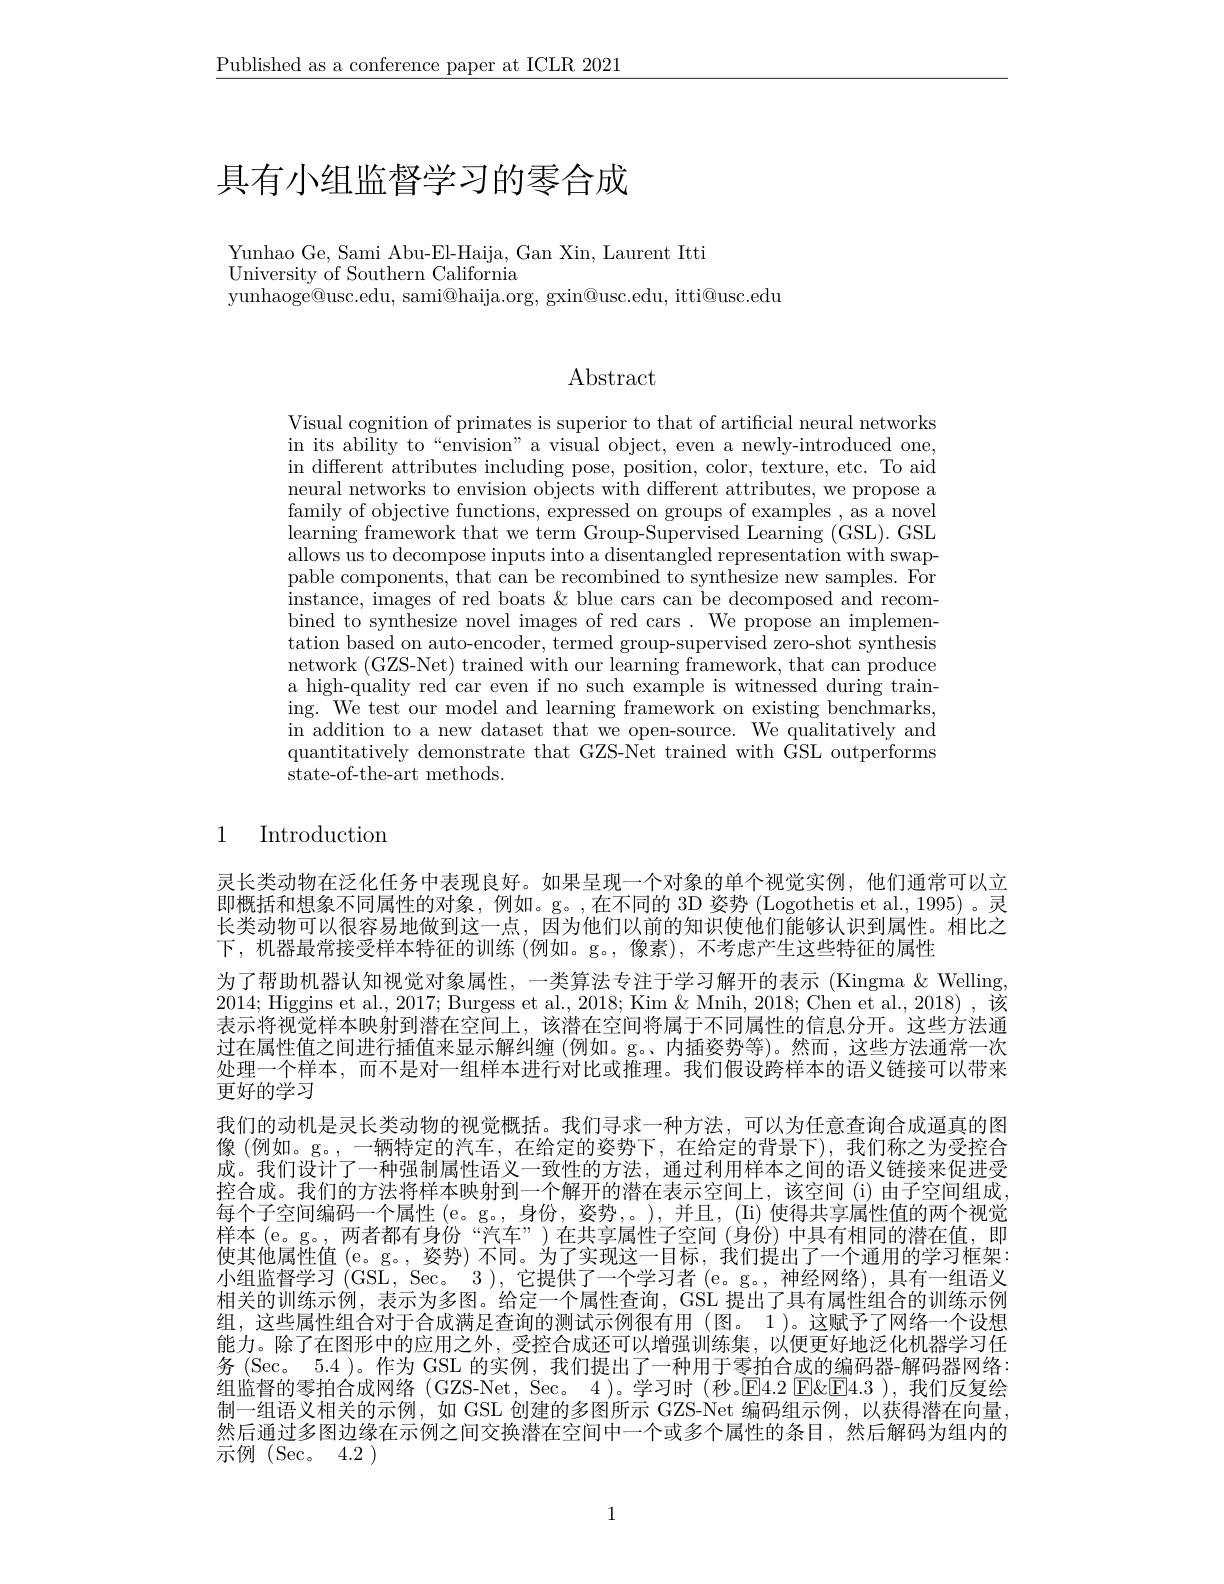
$\underline{\text{Published as a conference paper at ICLR 2021}}$

# 具有小组监督学习的零合成

Yunhao Ge, Sami Abu-El-Haija, Gan Xin, Laurent Itti
University of Southern California
yunhaoge@usc.edu, sami@haija.org, gxin@usc.edu, itti@usc.edu

## Abstract

Visual cognition of primates is superior to that of artificial neural networks in its ability to“envision” a visual object, even a newly-introduced one, in different attributes including pose, position, color, texture, etc. To aid neural networks to envision objects with different attributes, we propose a family of objective functions, expressed on groups of examples , as a novel learning framework that we term Group-Supervised Learning (GSL). GSL allows us to decompose inputs into a disentangled representation with swappable components, that can be recombined to synthesize new samples. For instance, images of red boats & blue cars can be decomposed and recombined to synthesize novel images of red cars. We propose an implementation based on auto-encoder, termed group-supervised zero-shot synthesis network (GZS-Net) trained with our learning framework, that can produce a high-quality red car even if no such example is witnessed during training. We test our model and learning framework on existing benchmarks, in addition to a new dataset that we open-source. We qualitatively and quantitatively demonstrate that GZS-Net trained with GSL outperforms state-of-the-art methods.

## 1 Introduction

灵长类动物在泛化任务中表现良好。如果呈现一个对象的单个视觉实例，他们通常可以立即概括和想象不同属性的对象，例如。g。,在不同的 3D 姿势 (Logothetis et al., 1995) 。灵长类动物可以很容易地做到这一点，因为他们以前的知识使他们能够认识到属性。相比之下，机器最常接受样本特征的训练 (例如。g。,像素), 不考虑产生这些特征的属性
为了帮助机器认知视觉对象属性，一类算法专注于学习解开的表示(Kingma&Welling, 2014; Higgins et al., 2017; Burgess et al., 2018; Kim & Mnih, 2018; Chen et al., 2018) , 该表示将视觉样本映射到潜在空间上，该潜在空间将属于不同属性的信息分开。这些方法通过在属性值之间进行插值来显示解纠缠 (例如。g。内插姿势等)。然而，这些方法通常一次处理一个样本，而不是对一组样本进行对比或推理。我们假设跨样本的语义链接可以带来更好的学习
我们的动机是灵长类动物的视觉概括。我们寻求一种方法，可以为任意查询合成逼真的图像(例如。g。,一辆特定的汽车，在给定的姿势下，在给定的背景下),我们称之为受控合成。我们设计了一种强制属性语义一致性的方法，通过利用样本之间的语义链接来促进受控合成。我们的方法将样本映射到一个解开的潜在表示空间上，该空间(i)由子空间组成每个子空间编码一个属性(e。g。,身份，姿势，。),并且，(Ii) 使得共享属性值的两个视觉样本(e。g。,两者都有身份“汽车”)在共享属性子空间 (身份)中具有相同的潜在值，即使其他属性值(e。g。, 姿势) 不同。为了实现这一目标，我们提出了一个通用的学习框架： 小组监督学习 (GSL, Sec。3 ), 它提供了一个学习者 (e。g。, 神经网络), 具有一组语义相关的训练示例，表示为多图。给定一个属性查询，GSL 提出了具有属性组合的训练示例组，这些属性组合对于合成满足查询的测试示例很有用(图。1)。这赋予了网络一个设想能力。除了在图形中的应用之外，受控合成还可以增强训练集，以便更好地泛化机器学习任务 (Sec。5.4 )。作为 GSL 的实例，我们提出了一种用于零拍合成的编码器-解码器网络： 组监督的零拍合成网络 (GZS-Net, Sec。4)。学习时 (秒。E4.2 El'El'El'anis ( 制一组语义相关的示例，如 GSL 创建的多图所示 GZS-Net 编码组示例，以获得潜在向量， 然后通过多图边缘在示例之间交换潜在空间中一个或多个属性的条目，然后解码为组内的示例(Sec。4.2)

1